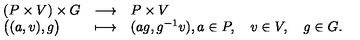
\begin{array} { l c l } { ( P \times V ) \times G } & { \longrightarrow } & { P \times V } \\ { \big ( ( a , v ) , g \big ) } & { \longmapsto } & { ( a g , g ^ { - 1 } v ) , a \in P , \quad v \in V , \quad g \in G . } \\ \end{array}